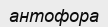
антофора